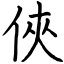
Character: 俠